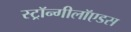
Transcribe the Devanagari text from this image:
स्ट्रॉन्गीलॉएडस